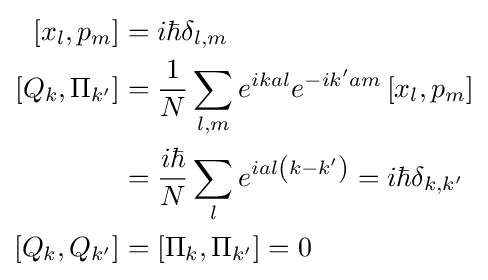
{\begin{aligned}\left[x_{l},p_{m}\right]&=i\hbar \delta _{l,m}\\\left[Q_{k},\Pi _{k'}\right]&={\frac {1}{N}}\sum _{l,m}e^{ikal}e^{-ik'am}\left[x_{l},p_{m}\right]\\&={\frac {i\hbar }{N}}\sum _{l}e^{ial\left(k-k'\right)}=i\hbar \delta _{k,k'}\\\left[Q_{k},Q_{k'}\right]&=\left[\Pi _{k},\Pi _{k'}\right]=0\end{aligned}}